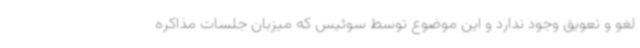
لغو و تعویق وجود ندارد و این موضوع توسط سوئیس که میزبان جلسات مذاکره